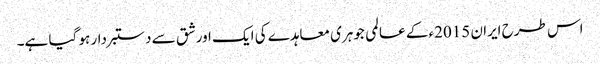
اس طرح ایران 2015ء کے عالمی جوہری معاہدے کی ایک اور شق سے دستبردار ہو گیا ہے۔